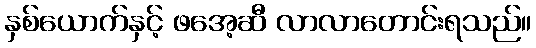
နှစ်ယောက်နှင့် ဖအေ့ဆီ လာလာတောင်းရသည်။